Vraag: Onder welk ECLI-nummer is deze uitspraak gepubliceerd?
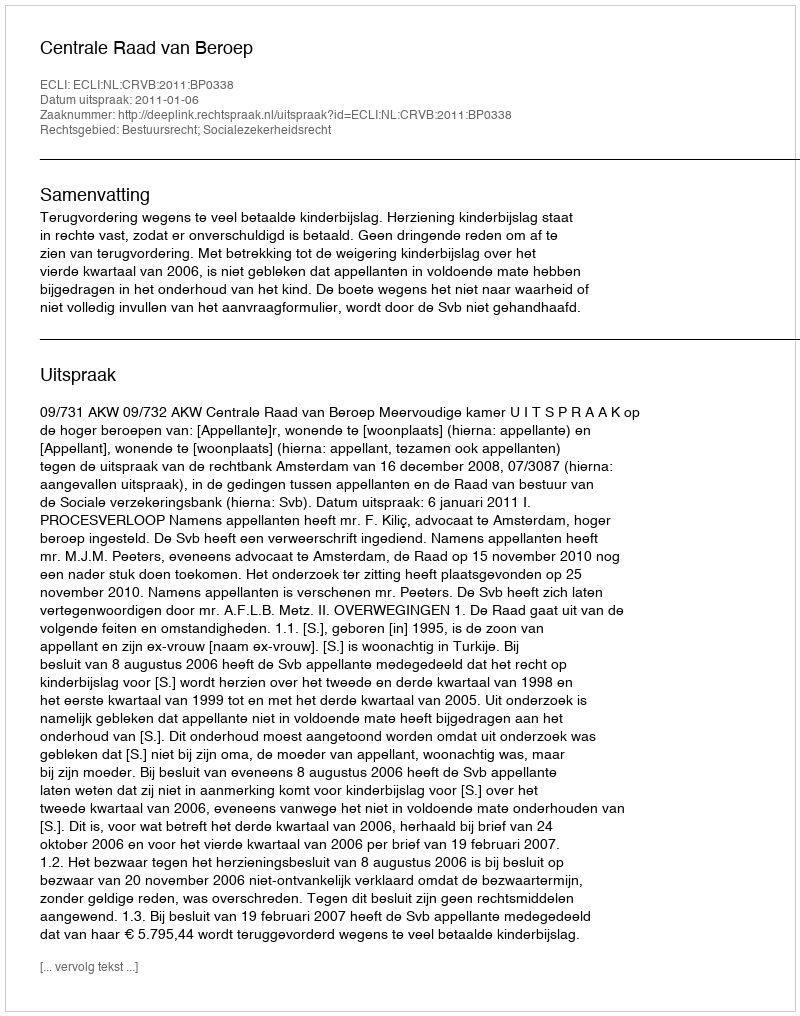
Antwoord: ECLI:NL:CRVB:2011:BP0338